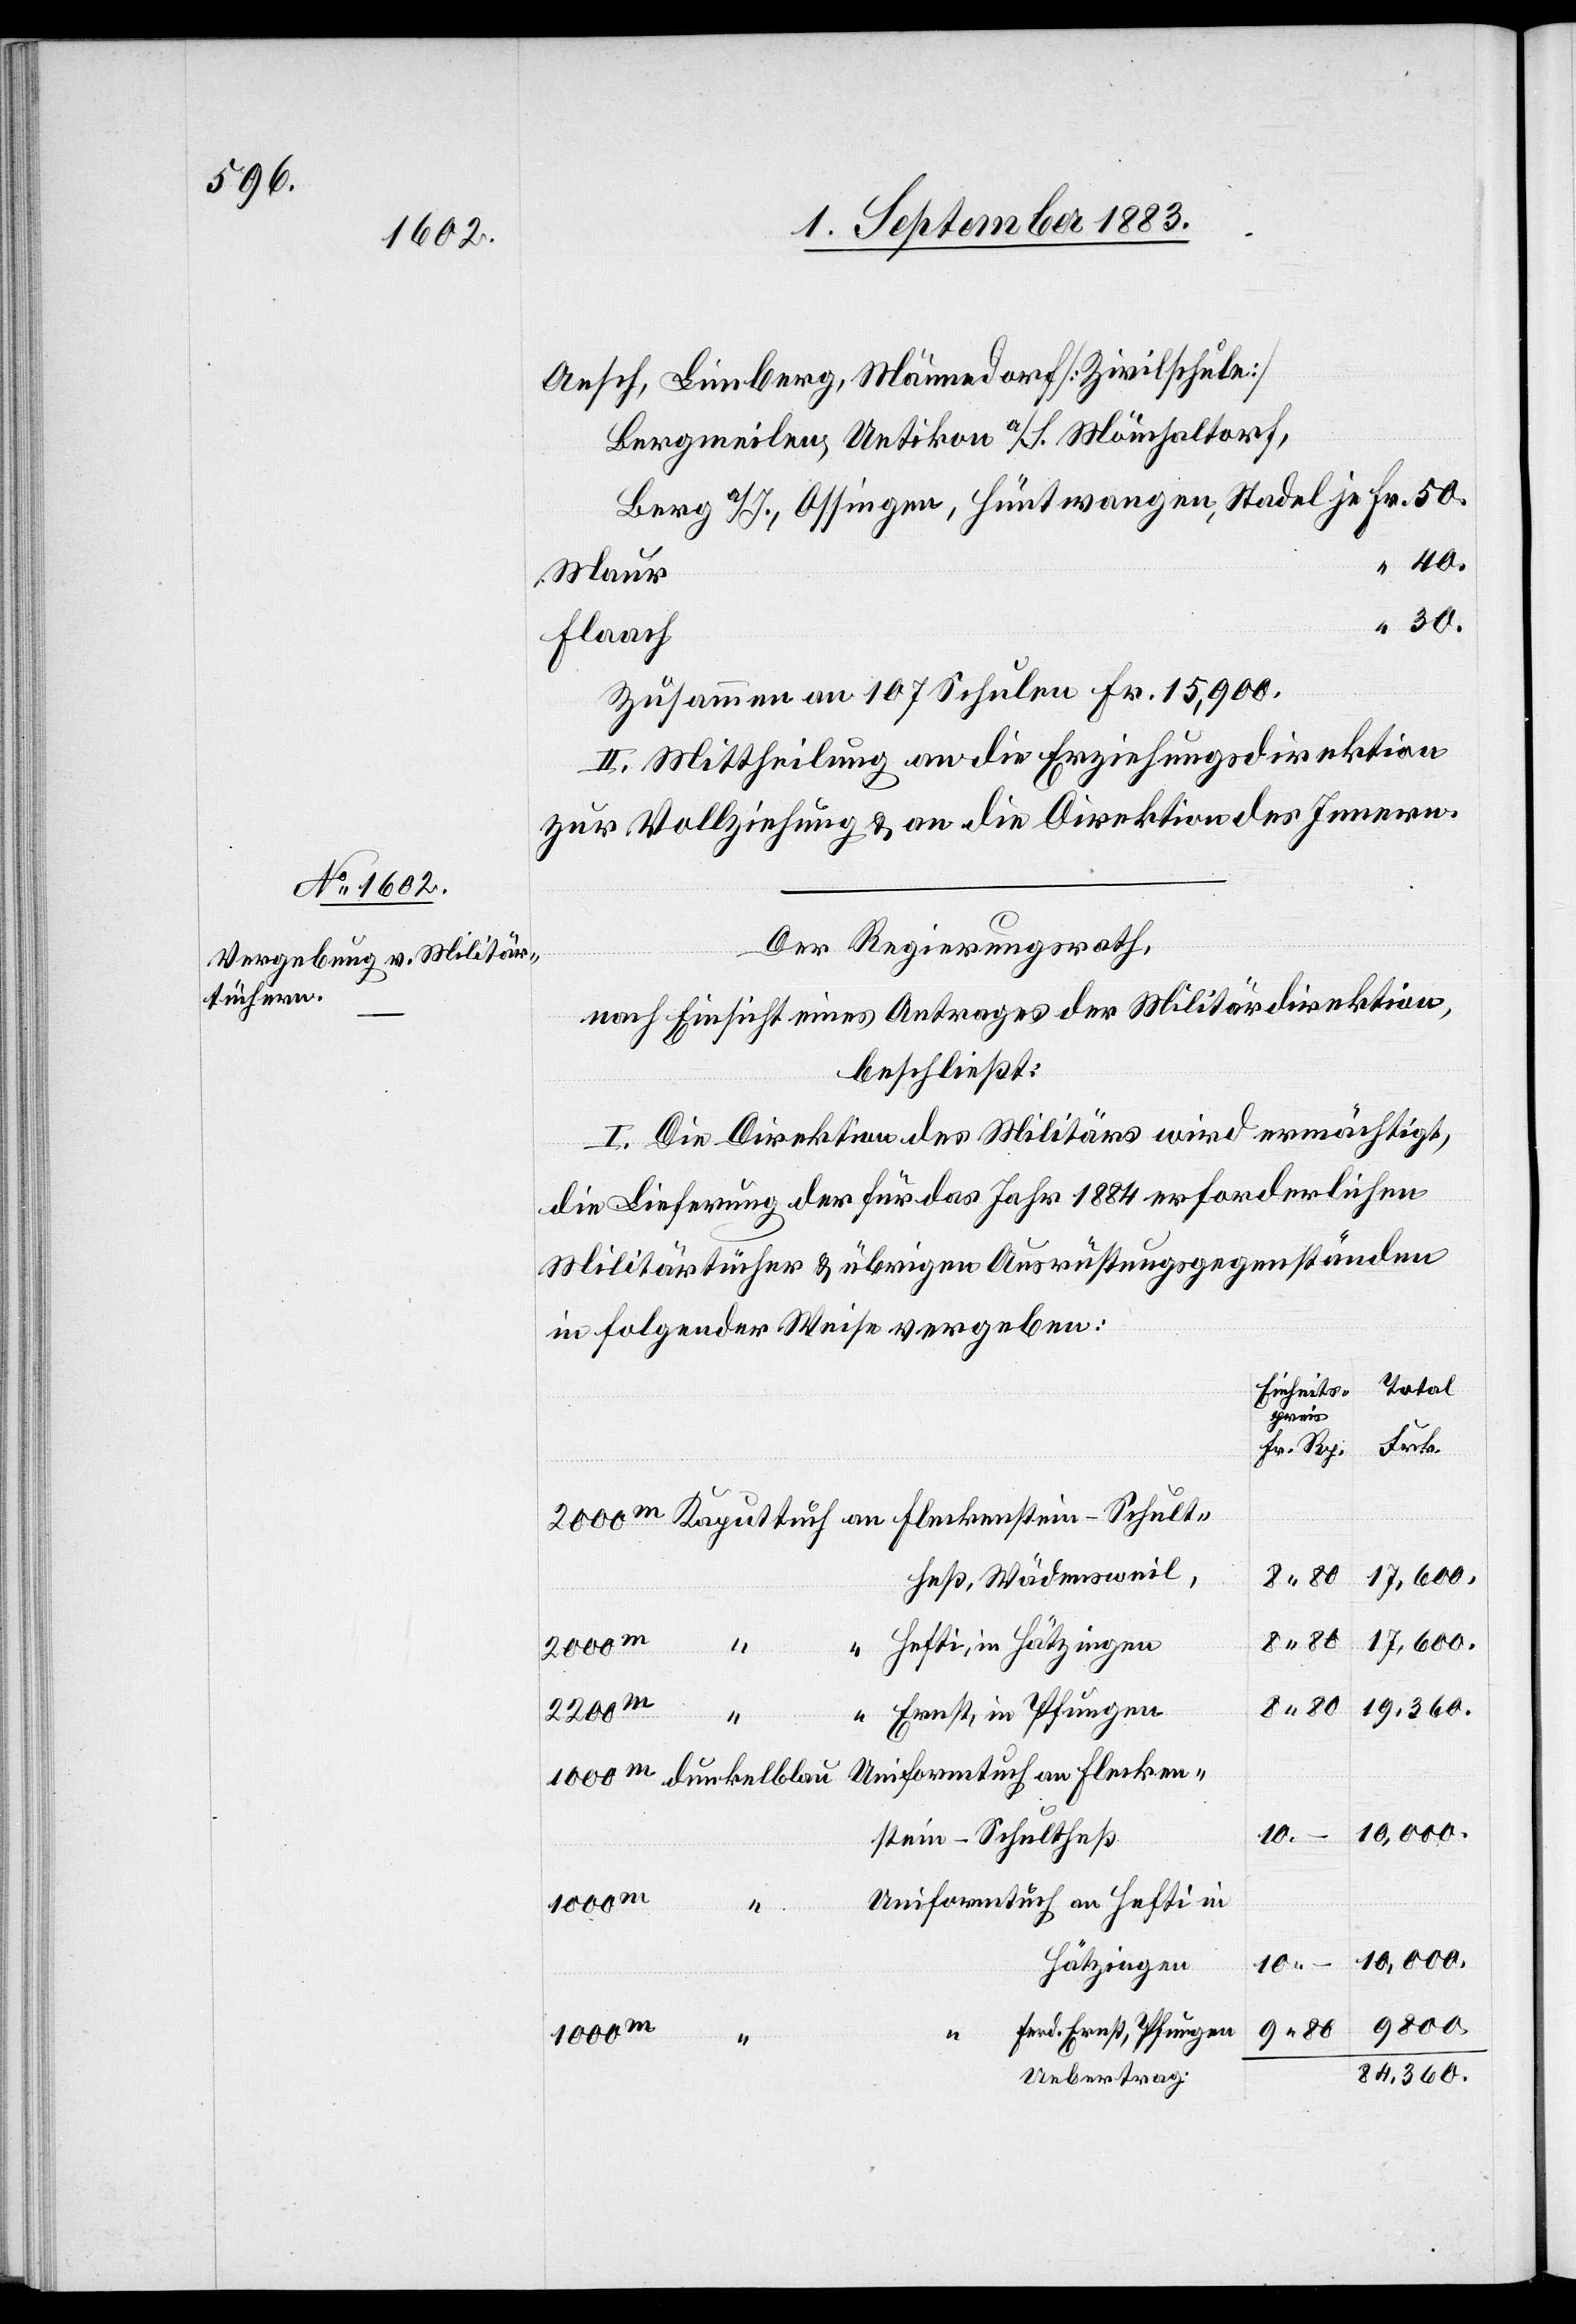
Aesch, Limberg, Männedorf [Zivilschule]
Bergmeilen, Uetikon a/S., Mönchaltorf,
Berg a/I., Ossingen, Hüntwangen, Stadel je
Maur
Flaach
Zusammen an 107 Schulen Fr. 15,900.
II. Mittheilung an die Erziehungsdirektion
zur Vollziehung & an die Direktion des Innern.
Der Regierungsrath,
nach Einsicht eines Antrages der Militärdirektion,
beschließt:
I. Die Direktion des Militärs wird ermächtigt,
die Lieferung der für das Jahr 1884 erforderlichen
Militärtücher & übrigen Ausrüstungsgegenständen
in folgender Weise zu vergeben:
cken¬
80
17,600
ß, Wädensweil
2000
an Hefti in Hätzingen
10
2200
19,360
Ernst, in Pfungen
stein-Schultheß
an Flecken¬
9800
Ferd. Ernst, Pfungen
1000
84,360
Uebertrag